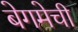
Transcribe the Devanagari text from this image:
बेगमेची